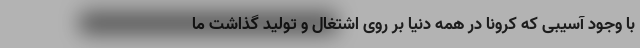
با وجود آسیبی که کرونا در همه دنیا بر روی اشتغال و تولید گذاشت ما